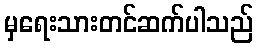
မှရေးသားတင်ဆက်ပါသည်